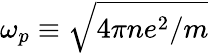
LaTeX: \omega_{p}\equiv\sqrt{4\pi ne^{2}/m}